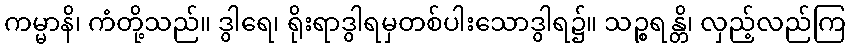
ကမ္မာနိ၊ ကံတို့သည်။ ဒွါရေ၊ ရိုးရာဒွါရမှတစ်ပါးသောဒွါရ၌။ သဉ္စရန္တိ၊ လှည့်လည်ကြ